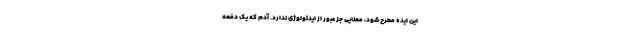
این ایده مطرح شود، معنایی جز عبور از ایدئولوژی ندارد. آدم که یک دفعه